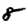
Digit: 8